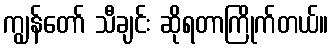
ကျွန်တော် သီချင်း ဆိုရတာကြိုက်တယ်။